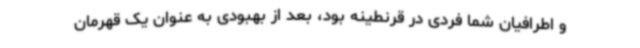
و اطرافیان شما فردی در قرنطینه بود، بعد از بهبودی به عنوان یک قهرمان